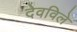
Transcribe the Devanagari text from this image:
देवविले